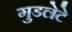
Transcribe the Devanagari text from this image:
गुडलेटे